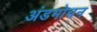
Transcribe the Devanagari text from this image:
अंडमोचन